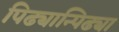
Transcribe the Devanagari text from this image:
पिढ्यान्पिढ्या